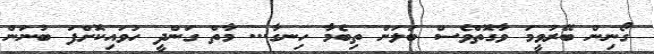
ގޯނިން ބޭރުވީމަ ވާގޮތްވެސް ބަލަން ތިބެމާ ހިނގާ... މާތް ގަންދީ ހުވައިކޮށްފަަ ބުނަން